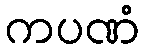
ကပဏံ